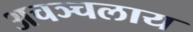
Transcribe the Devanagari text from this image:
अचञ्चलाय